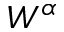
W ^ { \alpha }